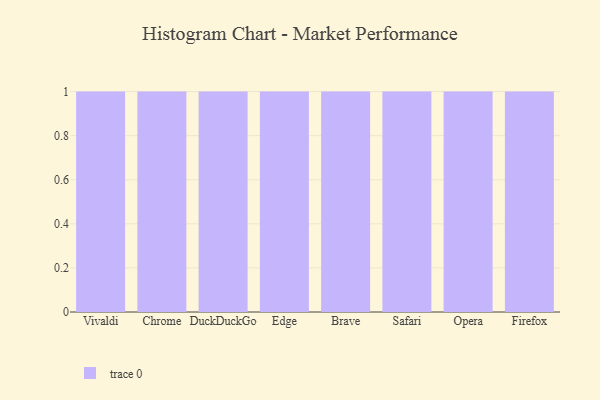
{"axis": {"x": "Browser", "y": "Budget (USD K)"}, "legend": [""], "data": [{"x": "Vivaldi", "y": 41, "type": ""}, {"x": "Chrome", "y": 59, "type": ""}, {"x": "DuckDuckGo", "y": 32, "type": ""}, {"x": "Edge", "y": 63, "type": ""}, {"x": "Brave", "y": 17, "type": ""}, {"x": "Safari", "y": 62, "type": ""}, {"x": "Opera", "y": 65, "type": ""}, {"x": "Firefox", "y": 30, "type": ""}]}